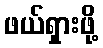
ဖယ်ရှားဖို့